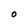
Character: O